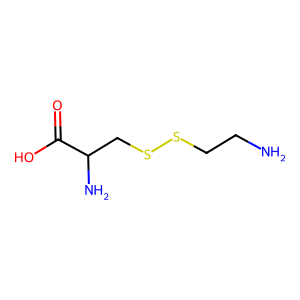
SMILES: NCCSSCC(N)C(=O)O
Inhibits HIV replication: No